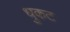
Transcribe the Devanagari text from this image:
धुकट